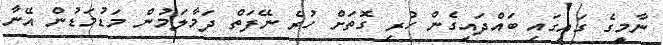
ނާމީގެ ގައިގައި ބައްދައިގެން ހުރި ގޮތަށް ހުރެ ނޭފަތް ދަމާލަމުން މަޑުމަޑުން އޭނާ